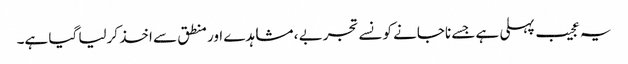
یہ عجیب پہلی ہے جسے ناجانے کونسے تجربے ، مشاہدے اور منطق سے اخذ کرلیا گیا ہے۔